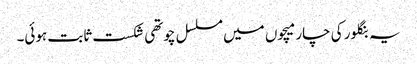
یہ بنگلور کی چار میچوں میں مسلسل چوتھی شکست ثابت ہوئی۔